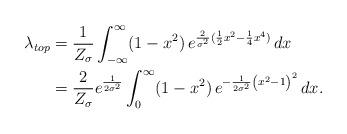
LaTeX: \begin{align*}\lambda_{top} &= \frac{1}{Z_\sigma} \int_{-\infty}^{\infty} (1 - x^2) \, e^{\frac{2}{\sigma^2}(\frac{1}{2} x^2 - \frac{1}{4} x^4) } \, dx \\&= \frac{2}{Z_\sigma} e^{\frac{1}{2 \sigma^2}} \int_0^\infty (1 - x^2) \, e^{-\frac{1}{2\sigma^2}\left(x^2-1\right)^2 } \, dx.\end{align*}